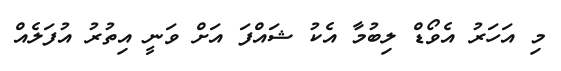
މި އަހަރު އެވޯޑް ލިބުމާ އެކު ޝައްފަ އަށް ވަނީ އިތުރު އުފަލެއް